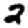
Digit: 2